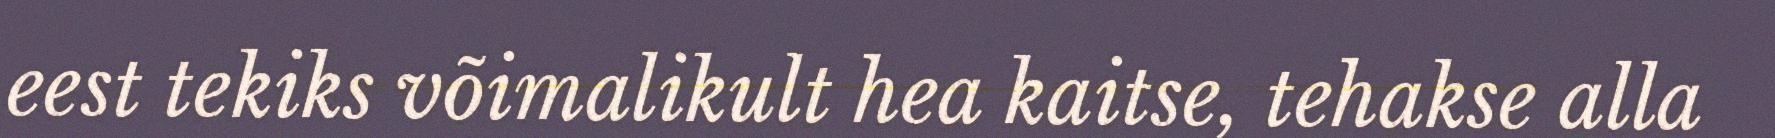
eest tekiks võimalikult hea kaitse, tehakse alla